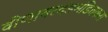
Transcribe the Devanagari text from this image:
वीणावरदंडमंडितकरा